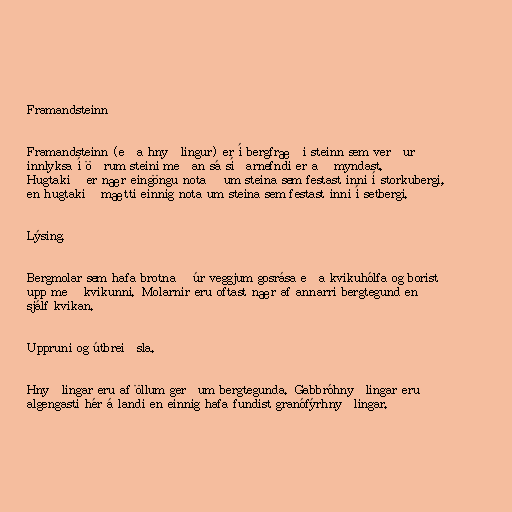
Framandsteinn

Framandsteinn (eða hnyðlingur) er í bergfræði steinn sem verður
innlyksa í öðrum steini meðan sá síðarnefndi er að myndast.
Hugtakið er nær eingöngu notað um steina sem festast inni í storkubergi,
en hugtakið mætti einnig nota um steina sem festast inni í setbergi.

Lýsing.

Bergmolar sem hafa brotnað úr veggjum gosrása eða kvikuhólfa og borist
upp með kvikunni. Molarnir eru oftast nær af annarri bergtegund en
sjálf kvikan.

Uppruni og útbreiðsla.

Hnyðlingar eru af öllum gerðum bergtegunda. Gabbróhnyðlingar eru
algengasti hér á landi en einnig hafa fundist granófýrhnyðlingar.